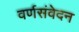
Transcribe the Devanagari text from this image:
वर्णसंवेदन